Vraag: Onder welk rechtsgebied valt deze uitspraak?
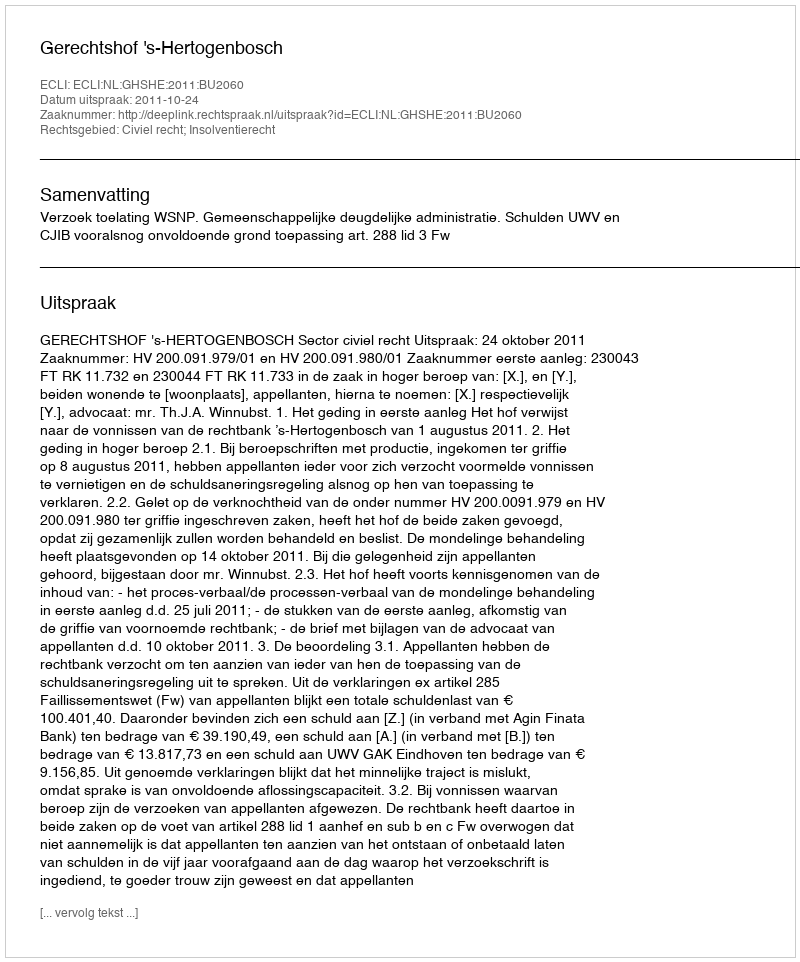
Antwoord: Civiel recht; Insolventierecht